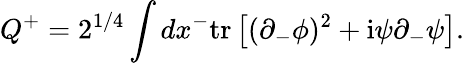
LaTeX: Q^{+}=2^{1/4}\int dx^{-}\mathrm{tr}\left[(\partial_{-}\phi)^{2}+\mathrm{i}\psi\partial_{-}\psi\right].